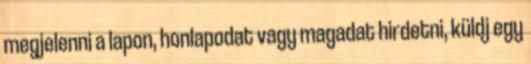
megjelenni a lapon, honlapodat vagy magadat hirdetni, küldj egy